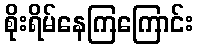
စိုးရိမ်နေကြကြောင်း